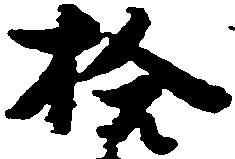
拾